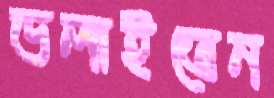
ডলাইতেন